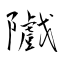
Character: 隵